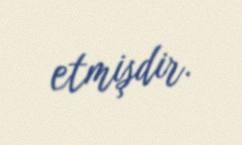
etmişdir.